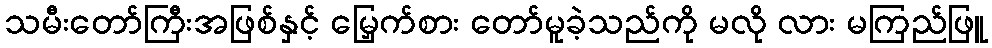
သမီးတော်ကြီးအဖြစ်နှင့် မြှေက်စား တော်မူခဲ့သည်ကို မလို လား မကြည်ဖြူ